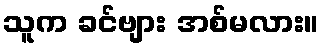
သူက ခင်ဗျား အစ်မလား။